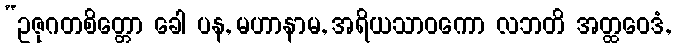
“ဥဇုဂတစိတ္တော ခေါ ပန, မဟာနာမ, အရိယသာဝကော လဘတိ အတ္ထဝေဒံ,